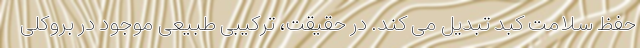
حفظ سلامت کبد تبدیل می کند. در حقیقت، ترکیبی طبیعی موجود در بروکلی